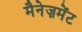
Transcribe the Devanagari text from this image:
मैनेज़मेंट